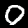
Label: 0